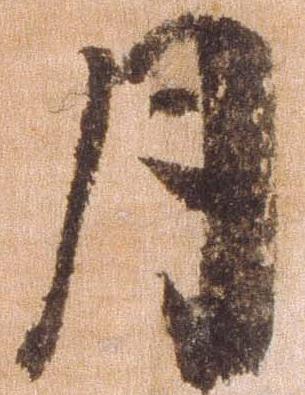
月